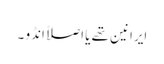
ایرانین تھے یا اصلاً انڈو ۔